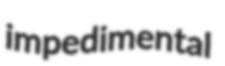
impedimental